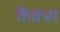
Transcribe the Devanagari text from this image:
कैक्स